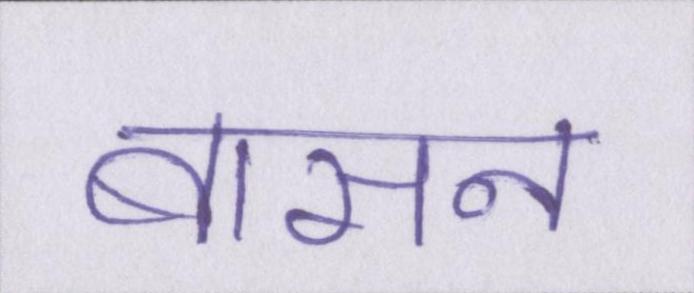
बासन